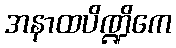
အနာထပိဏ္ဍိကေ